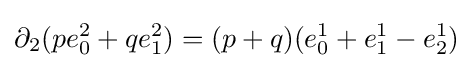
\partial _{2}(pe_{0}^{2}+qe_{1}^{2})=(p+q)(e_{0}^{1}+e_{1}^{1}-e_{2}^{1})